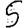
Digit: 5